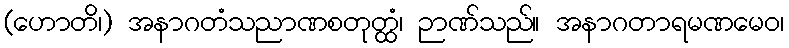
(ဟောတိ၊) အနာဂတံသညာဏစတုတ္ထံ၊ ဉာဏ်သည်။ အနာဂတာရမဏမေဝ၊